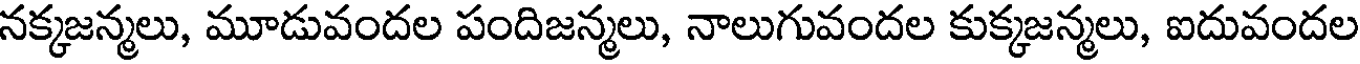
నక్కజన్మలు, మూడువందల పందిజన్మలు, నాలుగువందల కుక్కజన్మలు, ఐదువందల